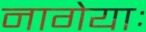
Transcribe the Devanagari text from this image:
नागेयाः